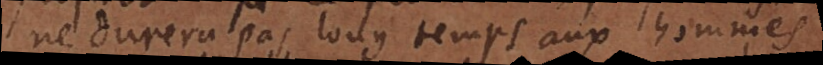
ne durera pas long temps aux hommes,